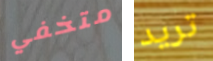
متخفي تريد